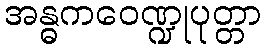
အန္ဓကဝေဏ္ဍုပုတ္တာ